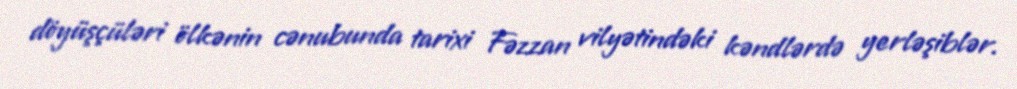
döyüşçüləri ölkənin cənubunda tarixi Fəzzan vilyətindəki kəndlərdə yerləşiblər.